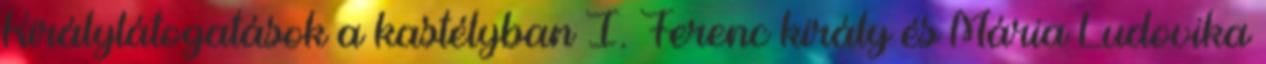
Királylátogatások a kastélyban I. Ferenc király és Mária Ludovika